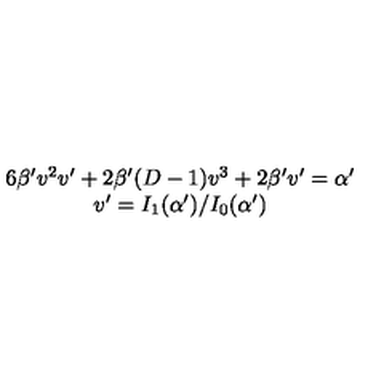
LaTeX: \begin{array} { c } { 6 \beta ^ { \prime } v ^ { 2 } v ^ { \prime } + 2 \beta ^ { \prime } ( D - 1 ) v ^ { 3 } + 2 \beta ^ { \prime } v ^ { \prime } = \alpha ^ { \prime } } \\ { v ^ { \prime } = I _ { 1 } ( \alpha ^ { \prime } ) / I _ { 0 } ( \alpha ^ { \prime } ) } \\ \end{array}